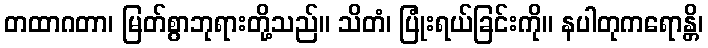
တထာဂတာ၊ မြတ်စွာဘုရားတို့သည်။ သိတံ၊ ပြုံးရယ်ခြင်းကို။ နပါတုကရောန္တိ၊